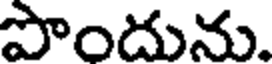
పొందును.